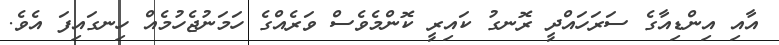
އާއި އިންޑިއާގެ ސަރަހައްދީ ރޮނގު ކައިރީ ކޮންމެވެސް ވަރެއްގެ ހަމަނުޖެހުމެއް ހިނގައިފަ އެވެ.